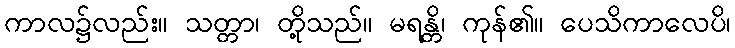
ကာလ၌လည်း။ သတ္တာ၊ တို့သည်။ မရန္တိ၊ ကုန်၏။ ပေသိကာလေပိ၊